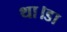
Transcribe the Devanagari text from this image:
था।डा